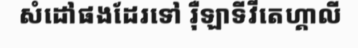
សំដៅផងដែរទៅ រ៉ឺឡាទីវីតេហ្គាលី